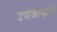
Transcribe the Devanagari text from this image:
उपजिल्ह्यांची